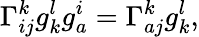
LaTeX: \Gamma_{ij}^{k}g_{k}^{l}g_{a}^{i}=\Gamma_{aj}^{k}g_{k}^{l},